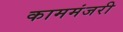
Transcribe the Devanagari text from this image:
काममंजरी